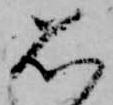
思